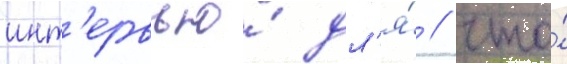
инт'ервью́ дл'я́ / что́